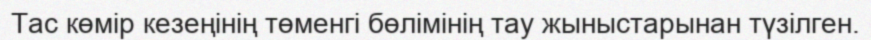
Тас көмір кезеңінің төменгі бөлімінің тау жыныстарынан түзілген.